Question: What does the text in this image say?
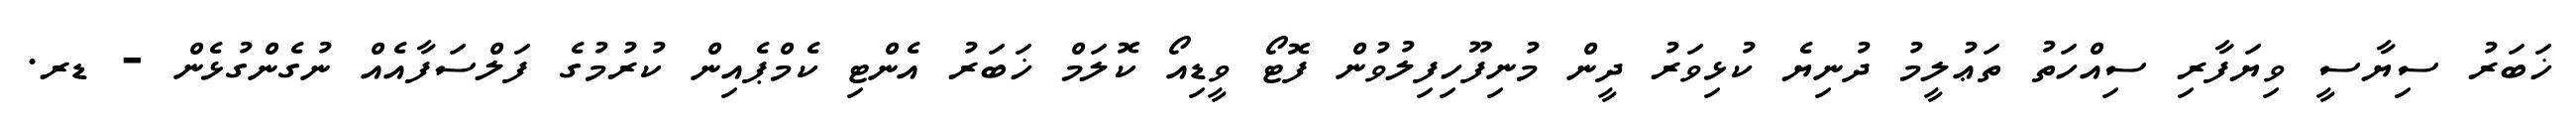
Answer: ޚަބަރު ސިޔާސީ ވިޔަފާރި ސިއްހަތު ތަޢުލީމު ދުނިޔެ ކުޅިވަރު ދީން މުނިފޫހިފިލުވުން ފޮޓޯ ވީޑިއޯ ކޮލަމް ޚަބަރު އެންޓި ކެމްޕެއިން ކުރުމުގެ ފަލްސަފާއެއް ނުގެންގުޅެން - ޑރ.